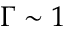
\Gamma \sim 1